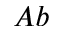
A b